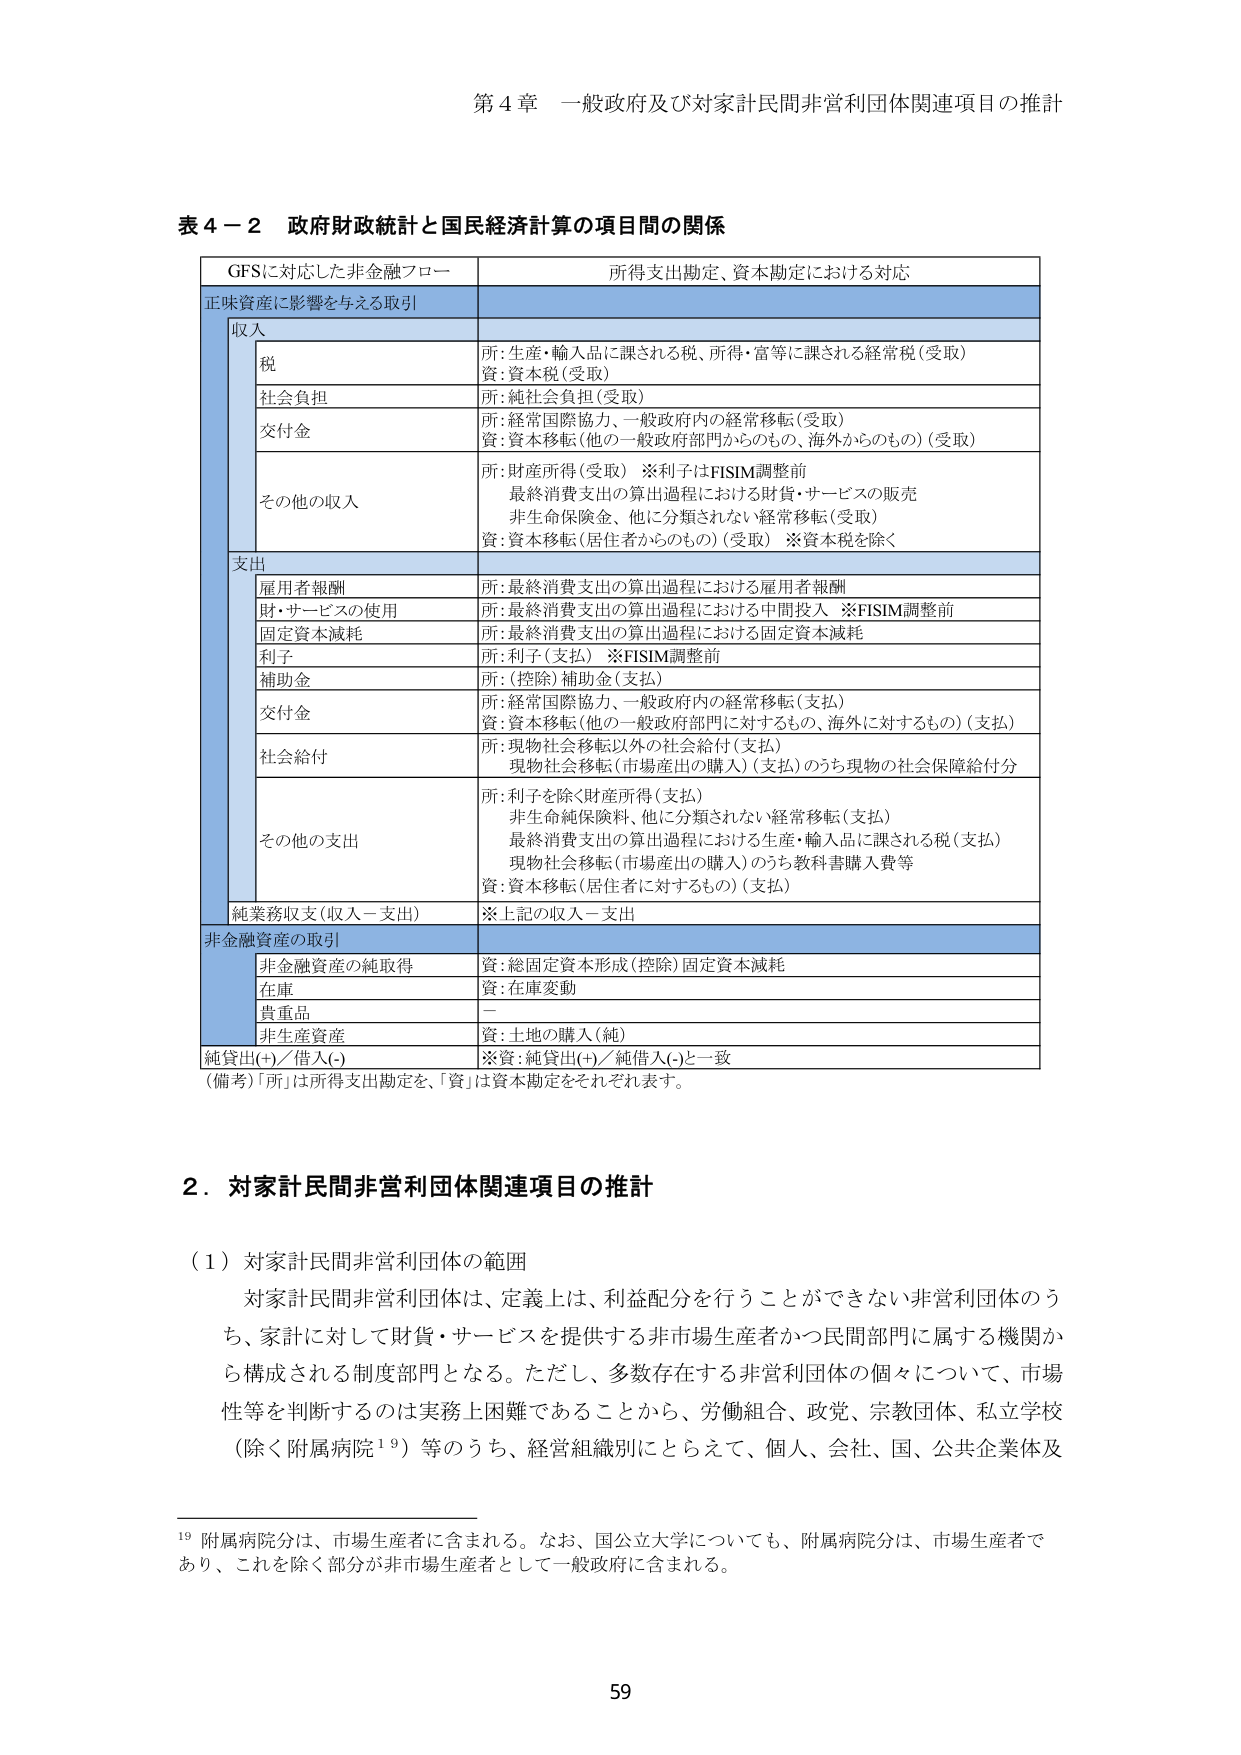
第４章 一般政府及び対家計民間非営利団体関連項目の推計

表４－２ 政府財政統計と国民経済計算の項目間の関係

GFSに対応した非金融フロー 所得支出勘定、資本勘定における対応

正味資産に影響を与える取引

収入

税 所: 生産・輸入品に課される税、所得・富等に課される経常税（受取）
資: 資本税（受取）

社会負担 所: 純社会負担（受取）

交付金 所: 経常国際協力、一般政府内の経常移転（受取）
資: 資本移転（他の一般政府部門からのもの、海外からのもの）（受取）

その他の収入 所: 財産所得（受取） ※利子はFISIM調整前
最終消費支出の算出過程における財貨・サービスの販売
非生命保険金、他に分類されない経常移転（受取）
資: 資本移転（居住者からのもの）（受取） ※資本税を除く

支出

雇用者報酬 所: 最終消費支出の算出過程における雇用者報酬

財・サービスの使用 所: 最終消費支出の算出過程における中間投入 ※FISIM調整前

固定資本減耗 所: 最終消費支出の算出過程における固定資本減耗

利子 所: 利子（支払） ※FISIM調整前

補助金 所: （控除）補助金（支払）

交付金 所: 経常国際協力、一般政府内の経常移転（支払）
資: 資本移転（他の一般政府部門に対するもの、海外に対するもの）（支払）

社会給付 所: 現物社会移転以外の社会給付（支払）
現物社会移転（市場産出の購入）（支払）のうち現物の社会保障給付分

その他の支出 所: 利子を除く財産所得（支払）
非生命純保険料、他に分類されない経常移転（支払）
最終消費支出の算出過程における生産・輸入品に課される税（支払）
現物社会移転（市場産出の購入）のうち教科書購入費等
資: 資本移転（居住者に対するもの）（支払）

純業務収支（収入－支出） ※上記の収入－支出

非金融資産の取引

非金融資産の純取得 資: 総固定資本形成（控除）固定資本減耗

在庫 資: 在庫変動

貴重品 －

非生産資産 資: 土地の購入（純）

純貸出(+)／借入(-) ※資: 純貸出(+)／純借入(-)と一致

（備考）「所」は所得支出勘定を、「資」は資本勘定をそれぞれ表す。

２．対家計民間非営利団体関連項目の推計

（１）対家計民間非営利団体の範囲

対家計民間非営利団体は、定義上は、利益配分を行うことができない非営利団体のうち、家計に対して財貨・サービスを提供する非市場生産者かつ民間部門に属する機関から構成される制度部門となる。ただし、多数存在する非営利団体の個々について、市場性等を判断するのは実務上困難であることから、労働組合、政党、宗教団体、私立学校（除く附属病院¹⁹）等のうち、経営組織別にとらえて、個人、会社、国、公共企業体及

¹⁹ 附属病院分は、市場生産者に含まれる。なお、国公立大学についても、附属病院分は、市場生産者であり、これを除く部分が非市場生産者として一般政府に含まれる。

59